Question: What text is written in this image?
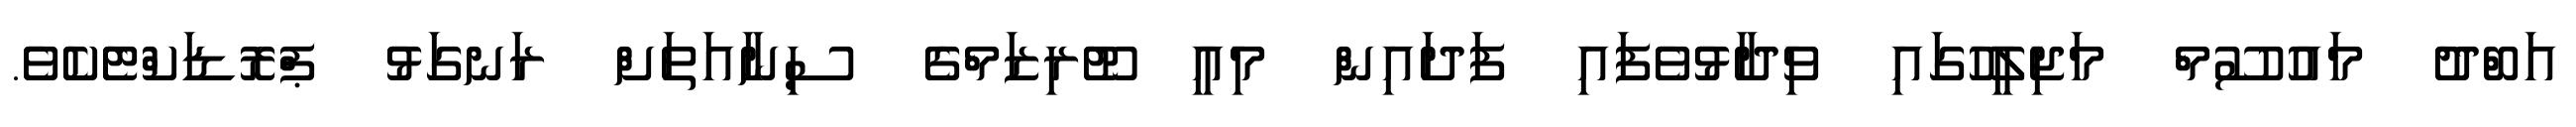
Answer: އަބްދު މައުސޫމް މަޖިލީހުގައި ވިދާޅުވެފައި ފަދައިން މިއީ ޓޫރިޒަމްގެ ސިނާއަތަށް ރަނގަޅު ޕްރޮޑަކްޓެކެވެ.